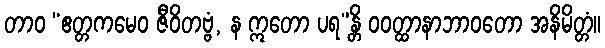
တာဝ “ဧတ္တကမေဝ ဇီဝိတဗ္ဗံ, န ဣတော ပရ”န္တိ ဝဝတ္ထာနာဘာဝတော အနိမိတ္တံ။